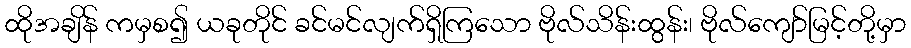
ထိုအချိန် ကမှစ၍ ယခုတိုင် ခင်မင်လျက်ရှိကြသော ဗိုလ်သိန်းထွန်း၊ ဗိုလ်ကျော်မြင့်တို့မှာ